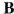
B